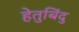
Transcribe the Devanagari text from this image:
हेतुबिंदु